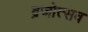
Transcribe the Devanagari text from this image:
ब्रजोत्सव